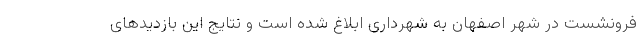
فرونشست در شهر اصفهان به شهرداری ابلاغ شده است و نتایج این بازدیدهای